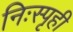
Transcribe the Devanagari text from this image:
निःस्पृही